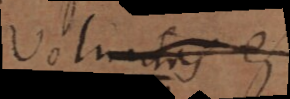
voluptas ex